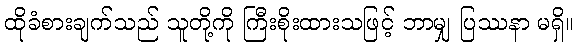
ထိုခံစားချက်သည် သူတို့ကို ကြီးစိုးထားသဖြင့် ဘာမျှ ပြဿနာ မရှိ။